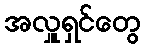
အလှူရှင်တွေ